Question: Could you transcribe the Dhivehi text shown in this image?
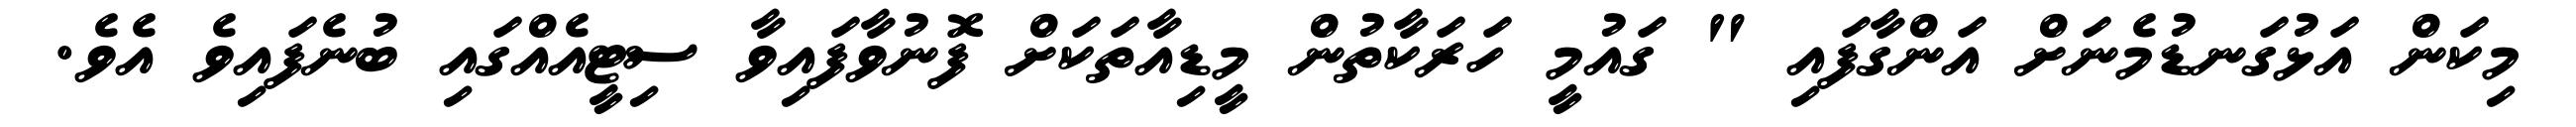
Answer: މިކަން އަޅުގަނޑުމެނަށް އަންގާފައި " ގައުމީ ހަރަކާތުން މީޑިއާތަކަށް ފޮނުވާފައިވާ ސިޓީއެއްގައި ބުނެފައިވެ އެވެ.